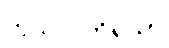
ကုသလကိရိယာ